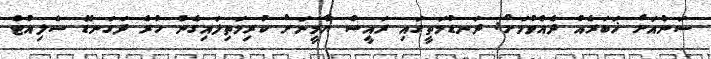
ސަންއަށް ޚަބަރެއް ދެއްވުމަށް: ދަނޑުމަތީގައި ރައީސް ޔާމީނަށް ކުރިމަތިލައިގެން ހުރެ ދަގަނޑޭ ސެލިއުޓް